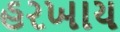
હરખાય